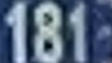
181